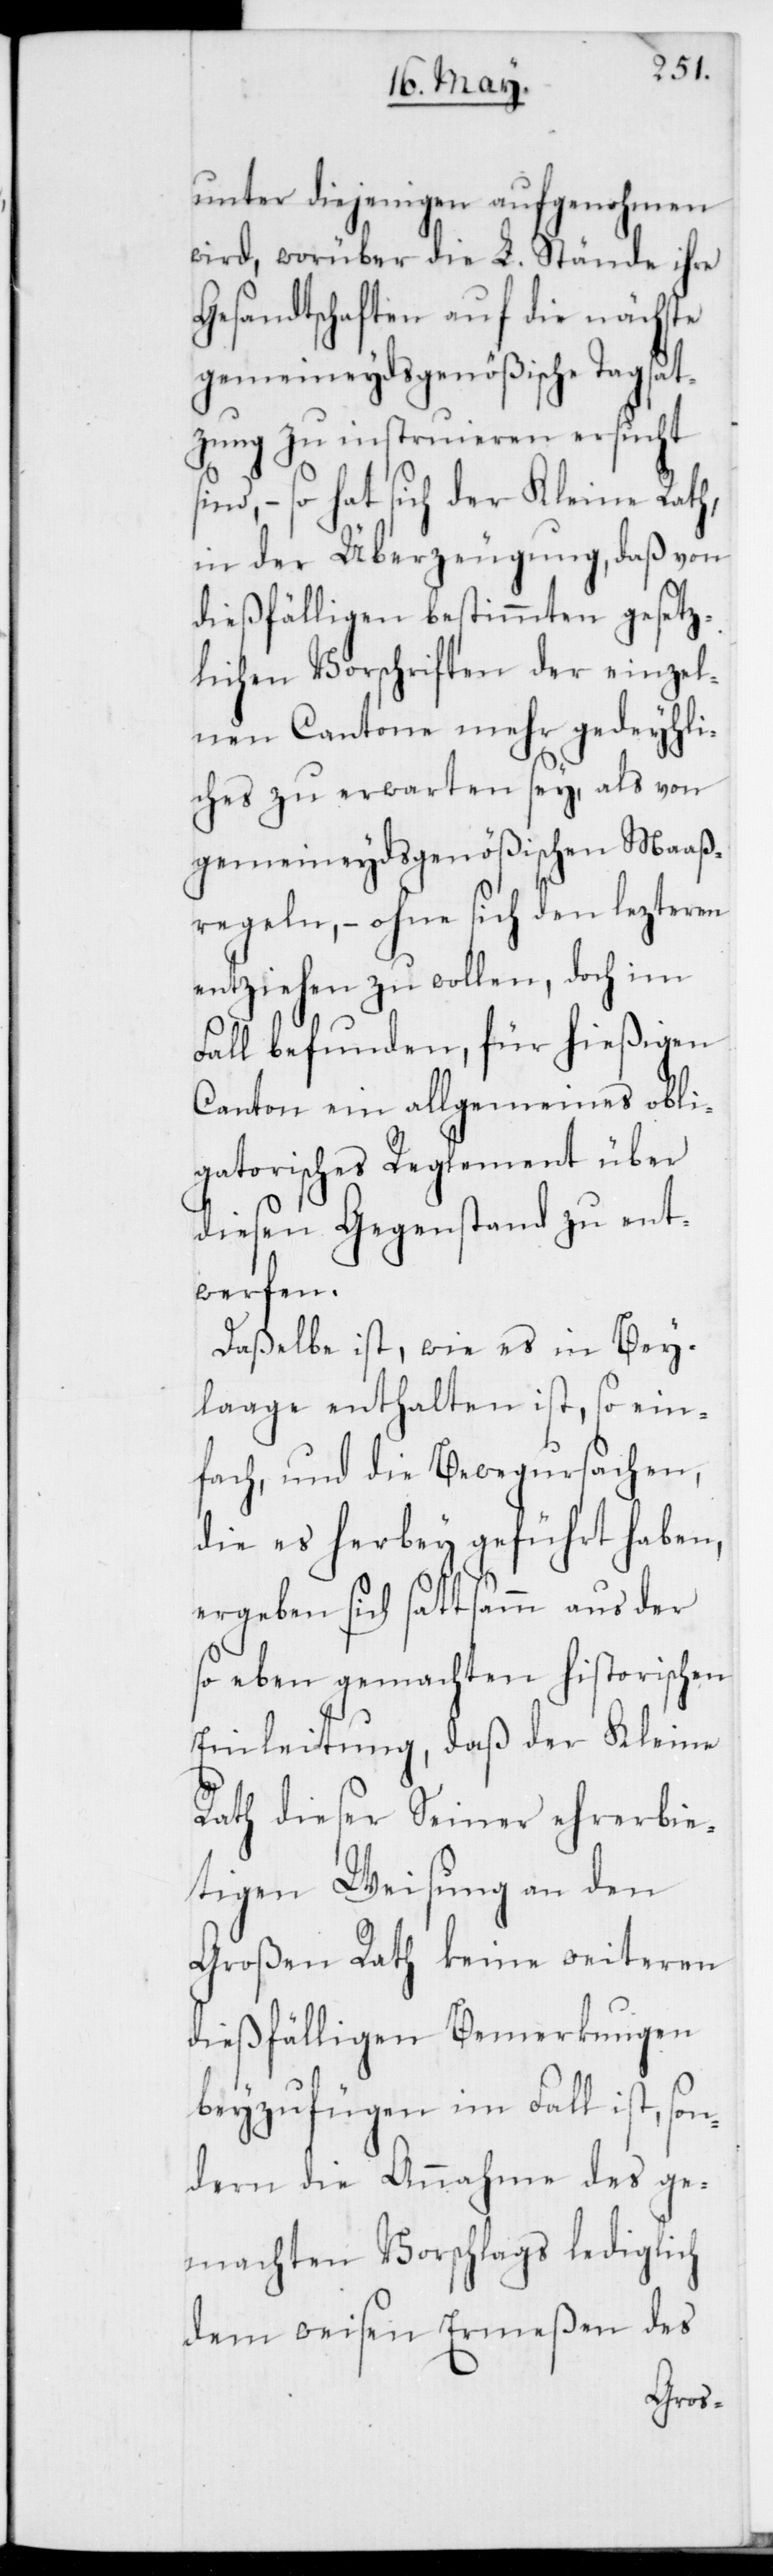
unter diejenigen aufgenohmen
wird, worüber die L. Stände ihre
Gesandtschaften auf die nächste
gemeineydsgenößische Tagsat¬
zung zu instruieren ersucht
ind, – so hat sich der Kleine Rath,
in der Überzeugung, daß von
dießfälligen bestimmten gesetz¬
lichen Vorschriften der einzel¬
nen Cantone mehr gedeyhli¬
ches zu erwarten sey, als von
gemeineydsgenößischen Maaß¬
regeln, – ohne sich den lezteren
entziehen zu wollen, doch im
Fall befunden, für hießigen
Canton ein allgemeines obli¬
gatorisches Reglement über
diesen Gegenstand zu ent¬
werfen.
Daßelbe ist, wie es in Bey¬
lage enthalten ist, so ein¬
fach, und die Bewegursachen,
die es herbey geführt haben,
ergeben sich sattsamm aus der
so eben gemachten historischen
Einleitung, daß der Kleine
Rath dieser Seiner ehrerbie¬
tigen Weisung an den
Großen Rath keine weiteren
dießfälligen Bemerkungen
beyzufügen im Fall ist, son¬
dern die Annahme des ge¬
machten Vorschlags lediglich
dem weisen Ermeßen des
s¬